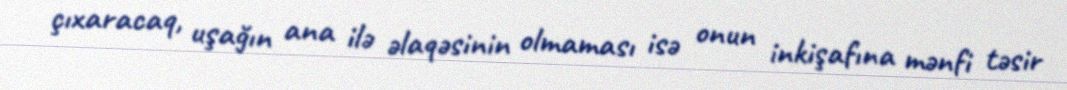
çıxaracaq, uşağın ana ilə əlaqəsinin olmaması isə onun inkişafına mənfi təsir